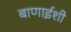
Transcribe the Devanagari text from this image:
बाणाईशी